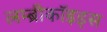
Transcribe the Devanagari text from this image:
लम्ब्रीकॉइड्स